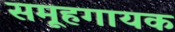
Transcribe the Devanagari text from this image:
समूहगायक